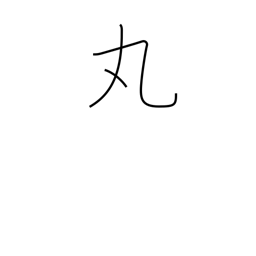
Meaning: make round